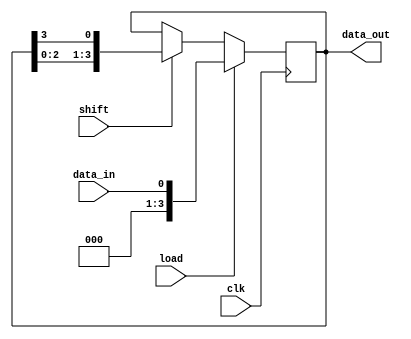
module shift_register (
    input wire clk,
    input wire load,
    input wire shift,
    input wire data_in,
    output reg [3:0] data_out
);

reg [3:0] reg_data;

always @(posedge clk) begin
    if (load) begin
        reg_data <= data_in;
    end else if (shift) begin
        reg_data <= {reg_data[2:0], reg_data[3]};
    end
end

assign data_out = reg_data;

endmodule